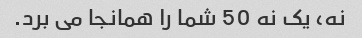
نه، یک نه 50 شما را همانجا می برد.